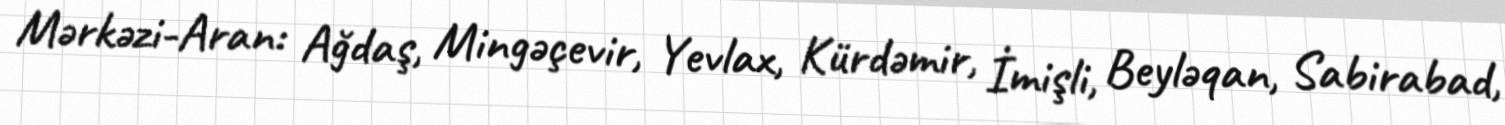
Mərkəzi-Aran: Ağdaş, Mingəçevir, Yevlax, Kürdəmir, İmişli, Beyləqan, Sabirabad,